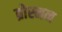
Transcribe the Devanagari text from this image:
ब्रोस्नन